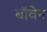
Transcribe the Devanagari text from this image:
बॉवेन